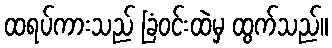
ထရပ်ကားသည် ခြံဝင်းထဲမှ ထွက်သည်။